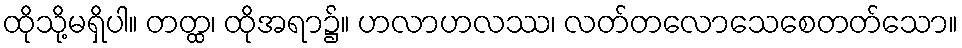
ထိုသို့မရှိပါ။ တတ္ထ၊ ထိုအရာ၌။ ဟလာဟလဿ၊ လတ်တလောသေစေတတ်သော။